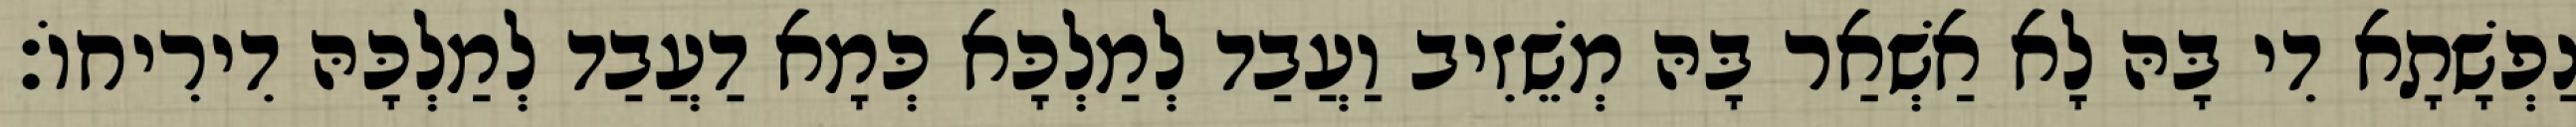
נַפְשָׁתָא דִי בָּהּ לָא אַשְׁאַר בָּהּ מְשֵׁזִיב וַעֲבַד לְמַלְכָּא כְּמָא דַעֲבַד לְמַלְכָּהּ דִירִיחוֹ׃